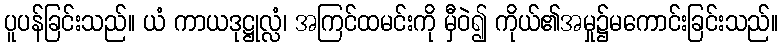
ပူပန်ခြင်းသည်။ ယံ ကာယဒုဋ္ဌုလ္လံ၊ အကြင်ထမင်းကို မှီဝဲ၍ ကိုယ်၏အမှု၌မကောင်းခြင်းသည်။